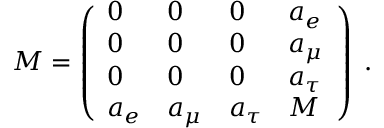
{ \cal M } = \left( \begin{array} { l l l l } { { 0 } } & { { 0 } } & { { 0 } } & { { a _ { e } } } \\ { { 0 } } & { { 0 } } & { { 0 } } & { { a _ { \mu } } } \\ { { 0 } } & { { 0 } } & { { 0 } } & { { a _ { \tau } } } \\ { { a _ { e } } } & { { a _ { \mu } } } & { { a _ { \tau } } } & { { M } } \end{array} \right) \; .